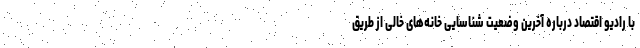
با رادیو اقتصاد درباره آخرین وضعیت شناسایی خانه‌های خالی از طریق